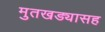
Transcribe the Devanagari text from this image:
मुतखड्यासह